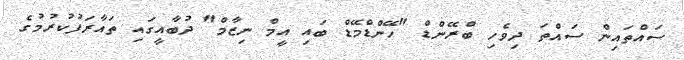
ސައްތައިން ސައްތަ ދިވެހި ބްރޭންޑް "ހޭންޑްމޭޑް ބައި އީމް ނިޒާމް" ދުބާއީގައި ތައާރަފުކުރުމުގެ